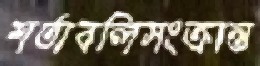
শর্তাবলিসংক্রান্ত